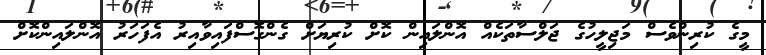
މީގެ ކުރިންވެސް މަޖިލީހުގެ ޖަލްސާތަކެއް އޮންލައިން ކޮށް ކުރިޔަށް ގެންގޮސްފައިވާއިރު އެފަހަރު އޮންލައިންކޮށް